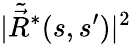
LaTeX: |\tilde{\vec{R}}^{*}(s,s^{\prime})|^{2}